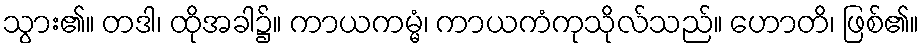
သွား၏။ တဒါ၊ ထိုအခါ၌။ ကာယကမ္မံ၊ ကာယကံကုသိုလ်သည်။ ဟောတိ၊ ဖြစ်၏။